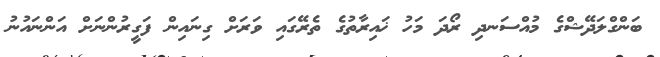
ބަންގްލަދޭޝްގެ މުއްސަނދި ރޯދަ މަހު ޚައިރާތުގެ ތެރޭގައި ވަރަށް ގިނައިން ފަގީރުންނަށް އަންނައުނު